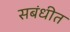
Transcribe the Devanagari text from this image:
सबंधीत